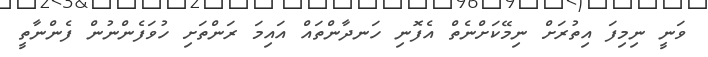
ވަނީ ނިމިފަ އިތުރަށް ނިމޭކަށްނެތް އެފޮނި ހަނދާންތައް އައިމަ ރަންތަށި ހުވަފެންނުން ފެންނާތީ